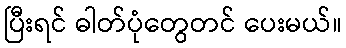
ပြီးရင် ဓါတ်ပုံတွေတင် ပေးမယ်။